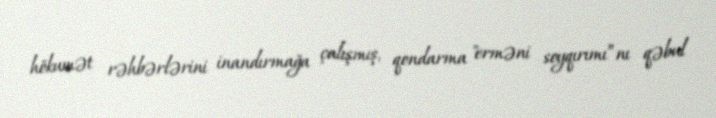
hökumət rəhbərlərini inandırmağa çalışmış, qondarma "erməni soyqırımı”nı qəbul